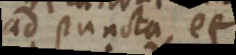
ad puncta, et